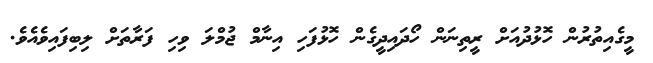
މީގެއިތުރުން ހޮޅުދުއަށް ރީތިނަން ހޯދައިދީގެން ހޮޅުފަހި އިނާމް ޖުމްލަ ވިހި ފަރާތަށް ލިބިފައިވެއެވެ.